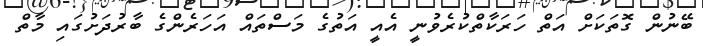
ބޭނުން ގޮތަކަށް އަތް ހަރަކާތްކުރެވުނީ އެއީ އަތުގެ މަސްތައް އަހަރެންގެ ބާރުދަށުގައި މާތް